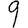
Digit: 9